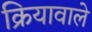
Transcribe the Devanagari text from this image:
क्रियावाले